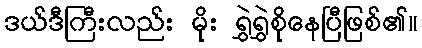
ဒယ်ဒီကြီးလည်း မိုး ရွှဲရွှဲစိုနေပြီဖြစ်၏။